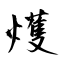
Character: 𤐰